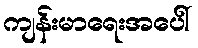
ကျန်းမာရေးအပေါ်